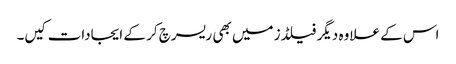
اس کے علاوہ دیگر فیلڈز میں بھی ریسرچ کر کے ایجادات کیں۔